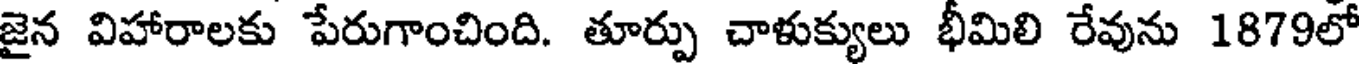
జైన విహారాలకు పేరుగాంచింది. తూర్పు చాళుక్యులు భీమిలి రేవును 1879లో